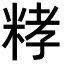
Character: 𥺄